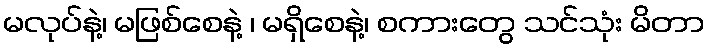
မလုပ်နဲ့၊ မဖြစ်စေနဲ့ ၊ မရှိစေနဲ့၊ စကားတွေ သင်သုံး မိတာ